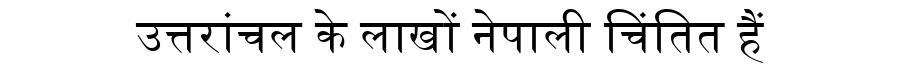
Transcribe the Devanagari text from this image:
उत्तरांचल के लाखों नेपाली चिंतित हैं